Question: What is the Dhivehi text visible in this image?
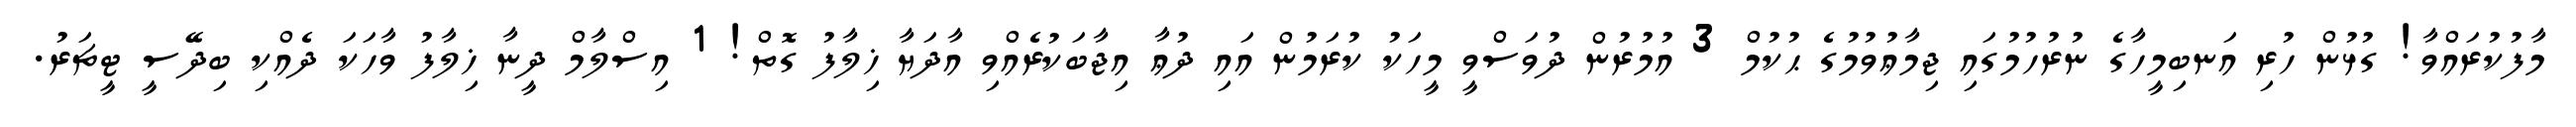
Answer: މާފުކުރައްވާ! ގުޅުން ހުރި އަނބިމީހާގެ ނުރުހުމުގައި ޖިމާޢުވުމުގެ ޙުކުމް 3 އުމުރުން ދުވަސްވީ މީހަކު ކުރަމުން އައި ދުޢާ އިޖާބަކުރެއްވި އާދަޔާ ޚިލާފު ގޮތް! 1 އިސްލާމް ދީނާ ޚިލާފު ވާހަކަ ދެއްކި ބިދޭސީ ޓީޗަރު.